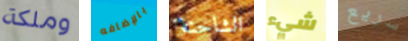
وملكة بالإضافه الشاحنة شيء سريع